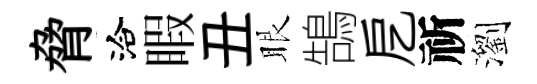
脅洽睱丑眼鵠戹祈瀏